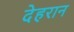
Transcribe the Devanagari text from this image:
देहरान